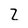
Character: Z